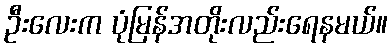
ဦးလေးက ပုံမြန်အတိုးလည်းရေနမယ်။